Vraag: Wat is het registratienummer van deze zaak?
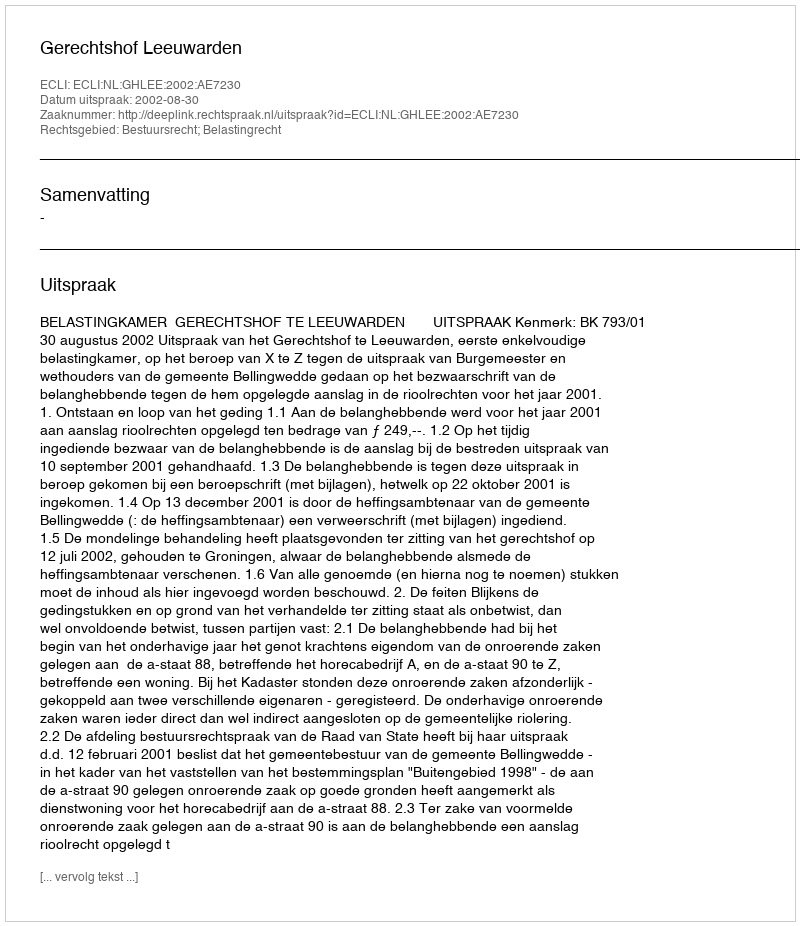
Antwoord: http://deeplink.rechtspraak.nl/uitspraak?id=ECLI:NL:GHLEE:2002:AE7230